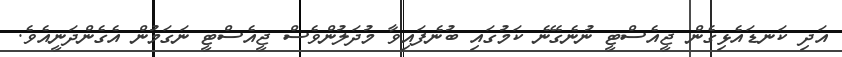
އަދި ކަނޑައެޅިގެން ޖީއެސްޓީ ނުނެގޭނެ ކަމުގައި ބުނެފައިވާ މުދަލުންވެސް ޖީއެސްޓީ ނަގަމުން އެގެންދަނީއެވެ.